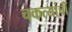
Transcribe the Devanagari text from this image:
चकत्यांची